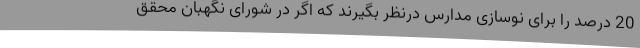
20 درصد را برای نوسازی مدارس درنظر بگیرند که اگر در شورای نگهبان محقق